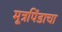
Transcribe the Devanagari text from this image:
मूत्रपिंडाचा